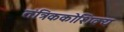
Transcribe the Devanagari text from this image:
तंत्रिककोशिक्य